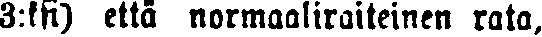
3:ksi) että normaaliraiteinen rata,